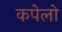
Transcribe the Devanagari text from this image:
कपेलो